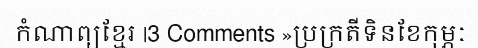
កំណាព្យខ្មែរ |3 Comments »ប្រក្រតីទិនខែកុម្ភៈ